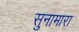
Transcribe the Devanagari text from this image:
सुनामारा